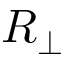
R _ { \perp }